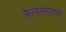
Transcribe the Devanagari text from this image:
फेल्डस्पारच्या